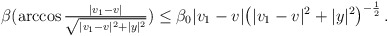
\begin{align*}\begin{aligned}\beta (\arccos \tfrac{|v_1 -v|}{\sqrt{|v_1 -v|^2 + |y|^2}}) \leq \beta_0|v_1-v| \big( |v_1-v|^2 + |y|^2 \big)^{- \frac{1}{2}} \,.\end{aligned}\end{align*}